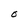
Character: O